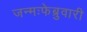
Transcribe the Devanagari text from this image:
जन्मःफेब्रुवारी